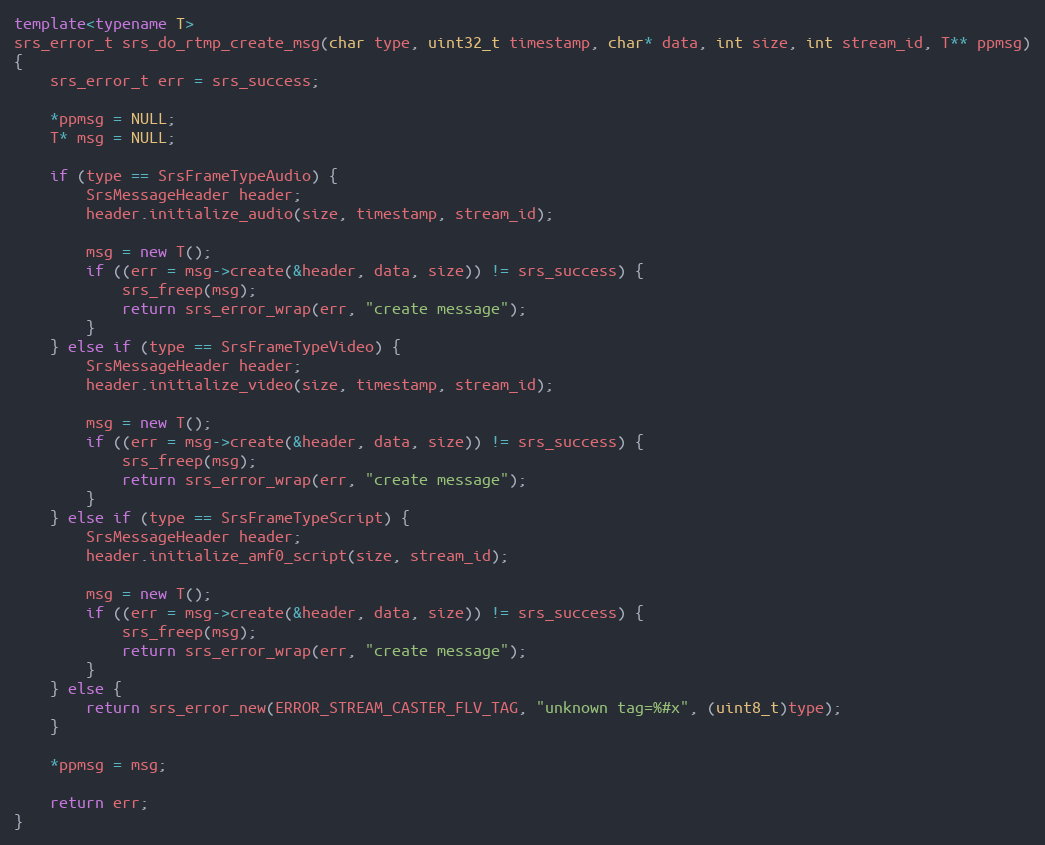
Language: C++
template<typename T>
srs_error_t srs_do_rtmp_create_msg(char type, uint32_t timestamp, char* data, int size, int stream_id, T** ppmsg)
{
    srs_error_t err = srs_success;

    *ppmsg = NULL;
    T* msg = NULL;

    if (type == SrsFrameTypeAudio) {
        SrsMessageHeader header;
        header.initialize_audio(size, timestamp, stream_id);

        msg = new T();
        if ((err = msg->create(&header, data, size)) != srs_success) {
            srs_freep(msg);
            return srs_error_wrap(err, "create message");
        }
    } else if (type == SrsFrameTypeVideo) {
        SrsMessageHeader header;
        header.initialize_video(size, timestamp, stream_id);

        msg = new T();
        if ((err = msg->create(&header, data, size)) != srs_success) {
            srs_freep(msg);
            return srs_error_wrap(err, "create message");
        }
    } else if (type == SrsFrameTypeScript) {
        SrsMessageHeader header;
        header.initialize_amf0_script(size, stream_id);

        msg = new T();
        if ((err = msg->create(&header, data, size)) != srs_success) {
            srs_freep(msg);
            return srs_error_wrap(err, "create message");
        }
    } else {
        return srs_error_new(ERROR_STREAM_CASTER_FLV_TAG, "unknown tag=%#x", (uint8_t)type);
    }

    *ppmsg = msg;

    return err;
}